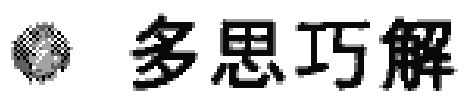
多思巧解